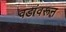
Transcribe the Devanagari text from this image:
वडांवरून